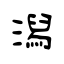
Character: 潟